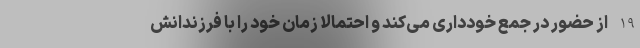
19 از حضور در جمع خودداری می‌کند و احتمالا زمان خود را با فرزندانش